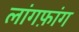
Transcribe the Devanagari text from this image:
लांगफ़ांग